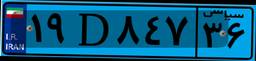
۸۵D۵۶۶۳۰